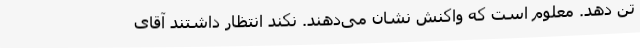
تن دهد. معلوم است که واکنش نشان می‌دهند. نکند انتظار داشتند آقای